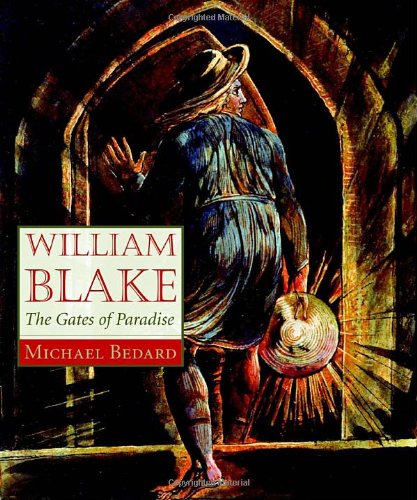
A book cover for William Blake: The Gates of Paradise; Michael Bedard; Teen & Young Adult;